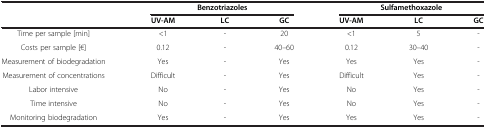
<table><thead><tr><td><b> </b></td><td colspan="3"><b>Benzotriazoles</b></td><td colspan="3"><b>Sulfamethoxazole</b></td></tr><tr><td><b> </b></td><td><b>UV-AM</b></td><td><b>LC</b></td><td><b>GC</b></td><td><b>UV-AM</b></td><td><b>LC</b></td><td><b>GC</b></td></tr></thead><tbody><tr><td>Time per sample [min]</td><td>&lt;1</td><td>-</td><td>20</td><td>&lt;1</td><td>5</td><td>-</td></tr><tr><td>Costs per sample [€]</td><td>0.12</td><td>-</td><td>40–60</td><td>0.12</td><td>30–40</td><td>-</td></tr><tr><td>Measurement of biodegradation</td><td>Yes</td><td>-</td><td>Yes</td><td>Yes</td><td>Yes</td><td>-</td></tr><tr><td>Measurement of concentrations</td><td>Difficult</td><td>-</td><td>Yes</td><td>Difficult</td><td>Yes</td><td>-</td></tr><tr><td>Labor intensive</td><td>No</td><td>-</td><td>Yes</td><td>No</td><td>Yes</td><td>-</td></tr><tr><td>Time intensive</td><td>No</td><td>-</td><td>Yes</td><td>No</td><td>Yes</td><td>-</td></tr><tr><td>Monitoring biodegradation</td><td>Yes</td><td>-</td><td>Yes</td><td>Yes</td><td>Yes</td><td>-</td></tr></tbody></table>